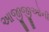
આજીજીઓની